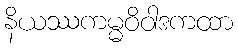
နိယဿကမ္မဝိဝါဒကထာ